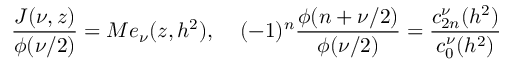
\frac { J ( \nu , z ) } { \phi ( \nu / 2 ) } = M e _ { \nu } ( z , h ^ { 2 } ) , \; \; \; \; ( - 1 ) ^ { n } \frac { \phi ( n + \nu / 2 ) } { \phi ( \nu / 2 ) } = \frac { c _ { 2 n } ^ { \nu } ( h ^ { 2 } ) } { c _ { 0 } ^ { \nu } ( h ^ { 2 } ) }